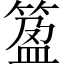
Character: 𥯰